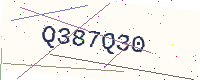
Text: Q387Q30